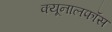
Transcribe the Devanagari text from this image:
क्‍यूनालफॉस